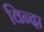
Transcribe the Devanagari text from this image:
विन्दा